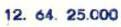
12. 64. 25.000